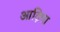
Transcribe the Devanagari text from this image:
आड़िषा